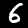
Digit: 6